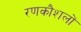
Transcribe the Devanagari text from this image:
रणकौशलों